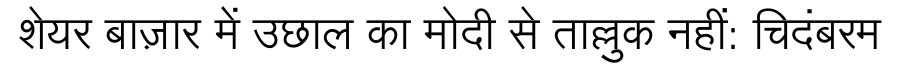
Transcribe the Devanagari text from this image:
शेयर बाज़ार में उछाल का मोदी से ताल्लुक नहीं: चिदंबरम